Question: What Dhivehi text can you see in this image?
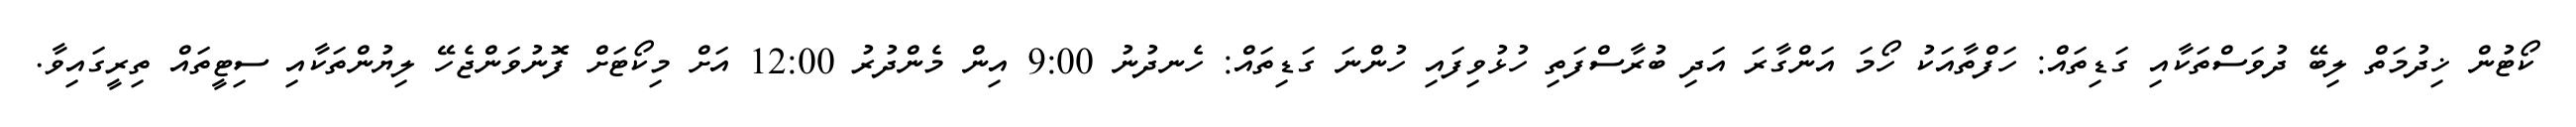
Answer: ކޯޓުން ޚިދުމަތް ލިބޭ ދުވަސްތަކާއި ގަޑިތައް: ހަފްތާއަކު ހޯމަ އަންގާރަ އަދި ބުރާސްފަތި ހުޅުވިފައި ހުންނަ ގަޑިތައް: ހެނދުނު 9:00 އިން މެންދުރު 12:00 އަށް މިކޯޓަށް ފޮނުވަންޖެހޭ ލިޔުންތަކާއި ސިޓީތައް ތިރީގައިވާ.